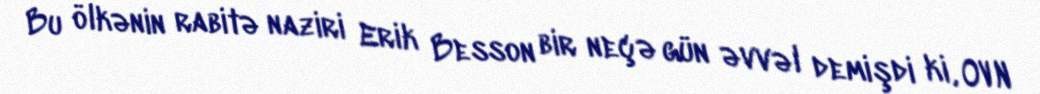
Bu ölkənin rabitə naziri Erik Besson bir neçə gün əvvəl demişdi ki, OVN